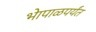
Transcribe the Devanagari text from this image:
भेापाळपर्यंत